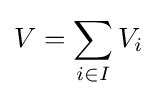
V=\sum _{i\in I}V_{i}